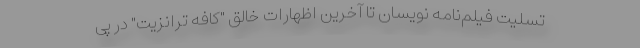
تسلیت فیلم‌نامه نویسان تا آخرین اظهارات خالق "کافه ترانزیت" در پی